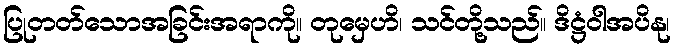
ပြုတတ်သောအခြင်းအရာကို။ တုမှေဟိ၊ သင်တို့သည်။ ဒိဋ္ဌံဝါအပိနု၊